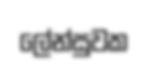
ලේන්සුවක